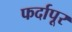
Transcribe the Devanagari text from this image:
फर्दापूर